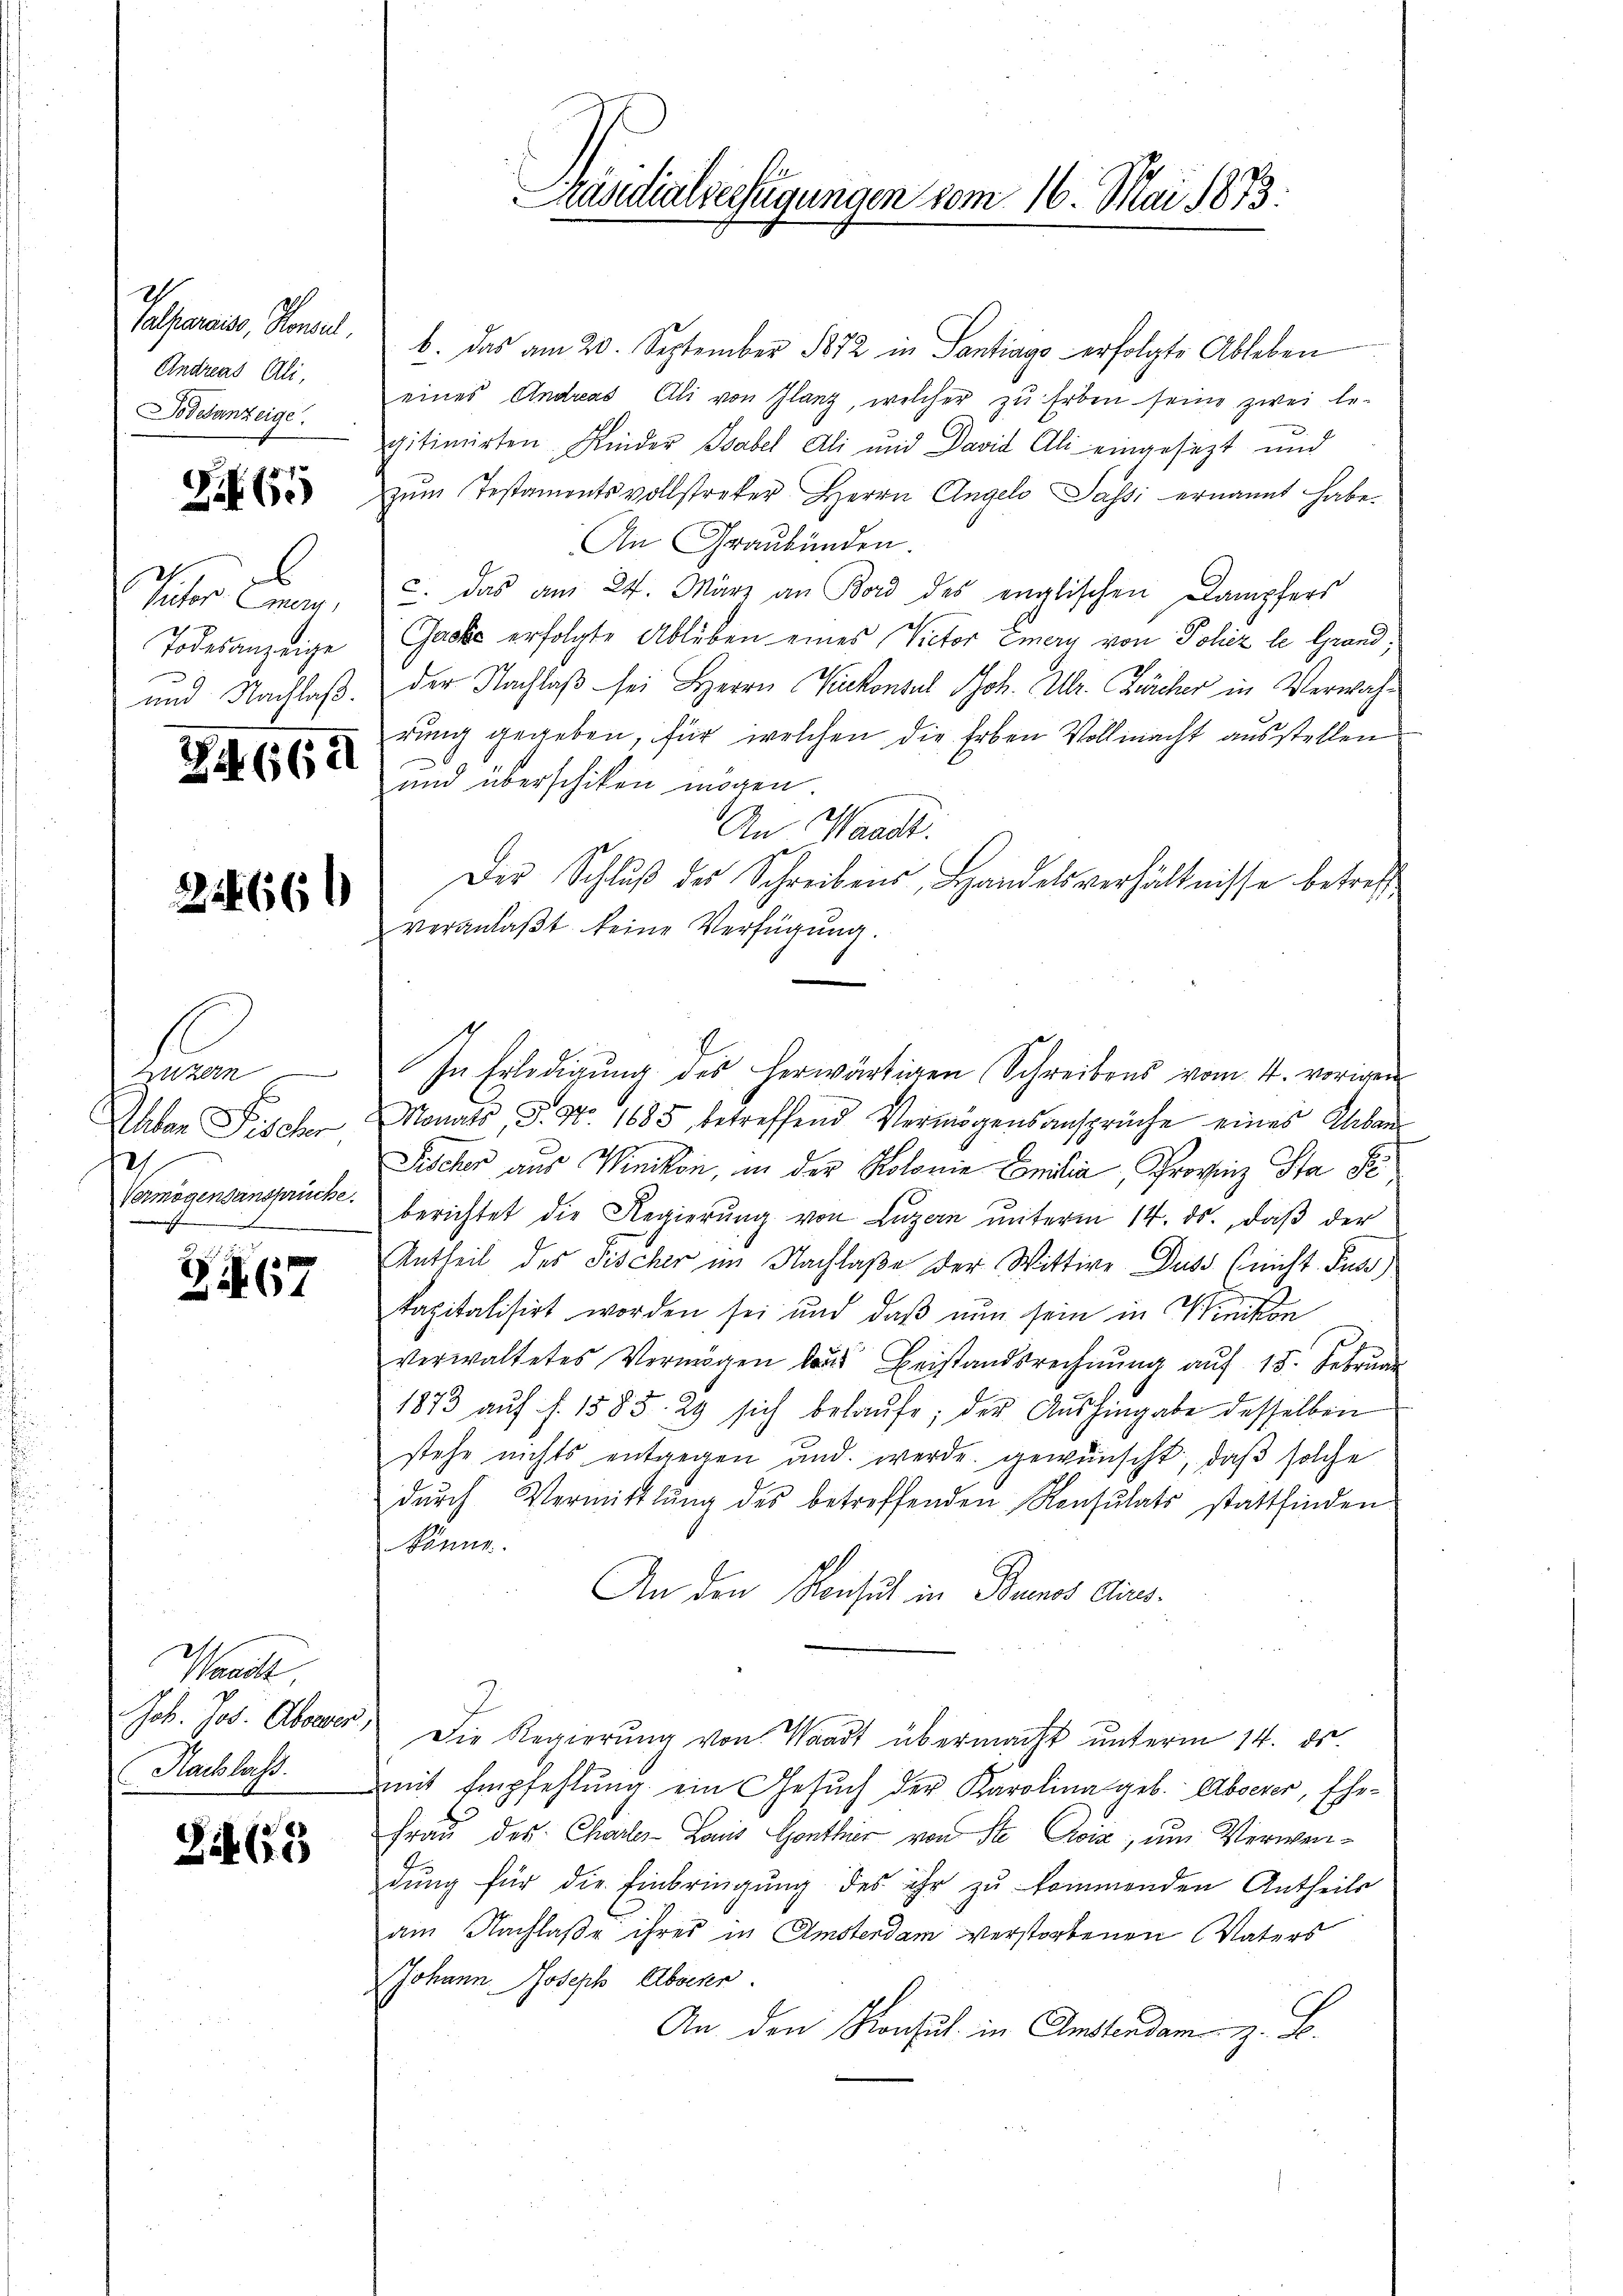
Andreas Ali,
Todesanzeige

265

6

Z. 662

22666

Luzern
Waber Fischer
2
Vermögensansprüche.

Zif. 67

Saal

Zit68

Polpreiss, Konsul b. das am 20. September 1872 in Santiayo erfolgte Ableben
eines Andreas Elli von Glanz, welcher zu Erben seine zwei le-
gitimirten Kinder Babel Ali und David Ali eingesezt und
zum Testamentsvollstreker Herrn Angelo Passi ernannt habe.
An Graubünden.
Pector mag, u. das am 24. März an Bord des englischen Dampfers
Todesanzeige Gacke erfolgte Ableben eines Victor Emery von Johez le Grand,
und Nachlaß der Nachlaß sei Herrn Kakonsul Joh. Ulr. Fürcher in Verwahdung gegeben, für welchen die Erben Vollmacht ausstellen
und überschiken mögen.
An Waadt.
Der Schluß des Schreibens, Handelsverhältnisse betreff
veranlaßt keine Verfügung.
1
In Erledigung des herwärtigen Schreibens vom 4. vorigen
Monats P. Nr. 1685, betreffend Vermögensansprüche eines Albau
Fischer aus Winikon, in der Kolonie Concilia, Provinz Ha Se
berichtet die Regierŭng von Lŭzern ŭnterm 14. ds., daβ der
Antheil des Fischer im Nachlaße der Wittwe Duss (nicht Fuss)
kapitalisirt worden sei und daß nun sein in Winikon
verwaltetes Vermögen las Beistandsrechnŭng aŭf 15. Februar
1873 auf f. 1585. 29 sich belaufe; der Aushingabe desselben
stehe nichts entgegen und werde gewünscht, daβ solche
dŭrch Vermittlung des betreffenden Konsulats stattfinden
Sönne.
An den Konsul in Buenos Aires.
Job. Jos. Überer, Die Regierung von Waadt übermacht unterm 14. ds.
Nachlass. mit Empfehlung ein Gesuch der Karolina geb. Abserer, Ehe¬
Frau des Charler Louis Ganthier von Ste Sviz; um Verwendŭng für die Einbringŭng des ihr zu kommenden Antheils
am Nachlaße ihres in Amsterdam verstorbenen Vaters
Johann Joseph Absener.
An den Konsul in Amstendam z. B.

Präsidialverfügungen vom 16. Mai 1833.